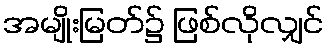
အမျိုးမြတ်၌ ဖြစ်လိုလျှင်